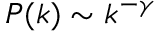
P ( k ) \sim k ^ { - \gamma }